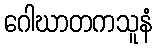
ဂေါဃာတကသူနံ